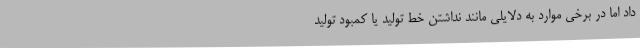
داد اما در برخی موارد به دلایلی مانند نداشتن خط تولید یا کمبود تولید